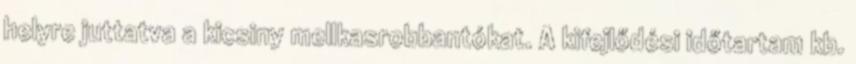
helyre juttatva a kicsiny mellkasrobbantókat. A kifejlődési időtartam kb.